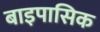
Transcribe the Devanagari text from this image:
बाइपासिक